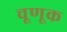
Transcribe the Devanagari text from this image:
चूणूक